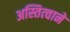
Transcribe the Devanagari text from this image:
अस्तित्‍वाने